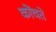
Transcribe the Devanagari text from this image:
कोंचते